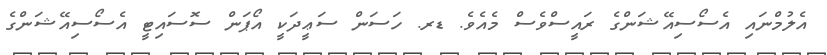
އެލުމްނައި އެސޯސިއޭޝަންގެ ރައީސްވެސް މެއެވެ. ޑރ. ހަސަން ސަޢީދަކީ އޯޕަން ސޮސައިޓީ އެސޯސިއޭޝަންގެ